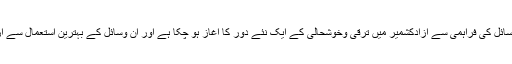
انہوں نے کہاکہ نوازشریف کی کوششوں سے آزادکشمیر کو وسائل کی فراہمی سے آزادکشمیر میں ترقی وخوشحالی کے ایک نئے دور کا آغاز ہو چکا ہے اور ان وسائل کے بہترین استعمال سے آزادکشمیر کو پاکستان کا خوشحال ترین خطہ بنایا جا سکتا ہے۔